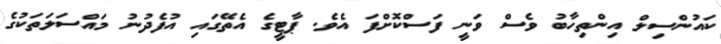
ކައުންސިލް އިންތިހާބު ވެސް ވަނީ ފަސްކޮށްފަ އެވެ. ޕާޓީގެ އެތޭގައި އުފެދުނު މައްސަލަތަކުގެ